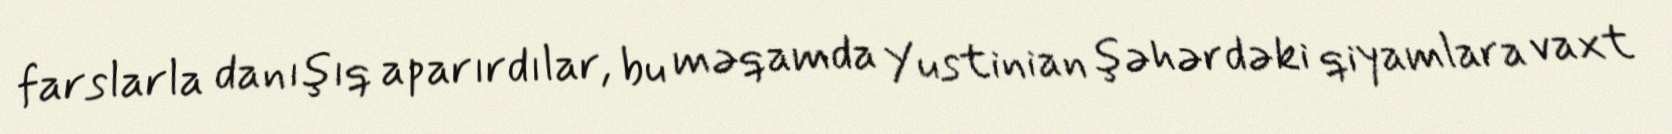
farslarla danışıq aparırdılar, bu məqamda Yustinian şəhərdəki qiyamlara vaxt